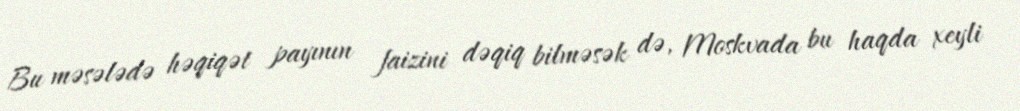
Bu məsələdə həqiqət payının faizini dəqiq bilməsək də, Moskvada bu haqda xeyli